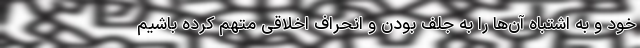
خود و به اشتباه آن‌ها را به جلف بودن و انحراف اخلاقی متهم کرده باشیم